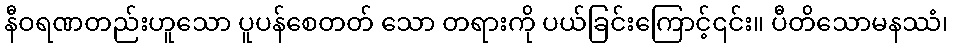
နီဝရဏတည်းဟူသော ပူပန်စေတတ် သော တရားကို ပယ်ခြင်းကြောင့်၎င်း။ ပီတိသောမနဿံ၊